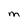
Character: M